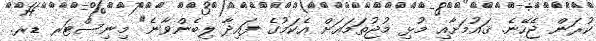
ކުރަން ޖެހޭނެ. ޤައުމަށާއި މުޅި މުޖުތަމަޢަށް އެކަމުގެ ފައިދާ ލިބެންވާނެ" މިނިސްޓަރ ޑރ.